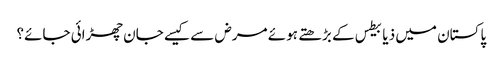
﻿ پاکستان میں ذیابیطس کے بڑھتے ہوئے مرض سے کیسے جان چھڑائی جائے؟